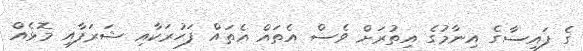
ގެ ފައިސާގެ އިނާމުގެ އިތުރަށް ވެސް އެތައް އެތައް ފަހުރަކާއި ޝަރަފާއި މޮޅެއް